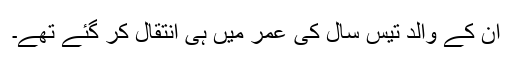
ان کے والد تیس سال کی عمر میں ہی انتقال کر گئے تھے۔